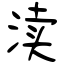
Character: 渎